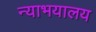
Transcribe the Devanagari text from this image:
न्याभयालय